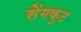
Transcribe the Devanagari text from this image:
सेंगकुट